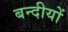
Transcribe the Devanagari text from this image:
बन्दीयों